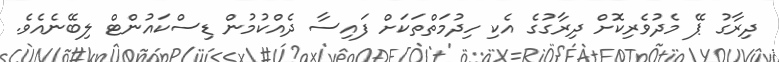
ދިރާގު ޕޭ މެދުވެރިކޮށް ދިރާގުގެ އެކި ހިދުމަތްތަކަށް ފައިސާ ދެއްކުމުން ޑިސްކައުންޓް ލިބޭނެއެވެ.